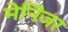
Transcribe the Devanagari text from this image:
मेनिंजर